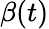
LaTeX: \beta(t)